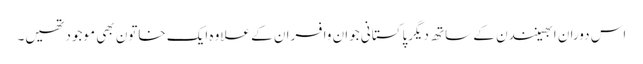
اس دوران ابھینندن کے ساتھ دیگرپاکستانی جوان وافسران کے علاوہ ایک خاتون بھی موجودتھیں۔